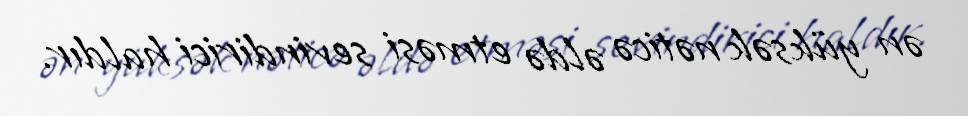
ən yüksək nəticə əldə etməsi sevindirici haldır.